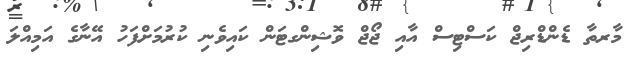
މާރތާ ޑެންޑްރިޖް ކަސްޓިސް އާއި ޖޯޖް ވޮޝިންގޓަން ކައިވެނި ކުރުމަށްފަހު އޭނާގެ އަމިއްލަ